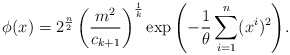
\begin{align*}\phi (x) = 2^{\frac{n}{2}} \left( \frac{m^2}{c_{k+1}} \right)^{\frac{1}{k}}\exp{\left( -\frac{1}{\theta} \sum_{i=1}^n (x^i)^2\right)}.\end{align*}